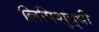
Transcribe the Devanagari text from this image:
लिपिशुद्धी